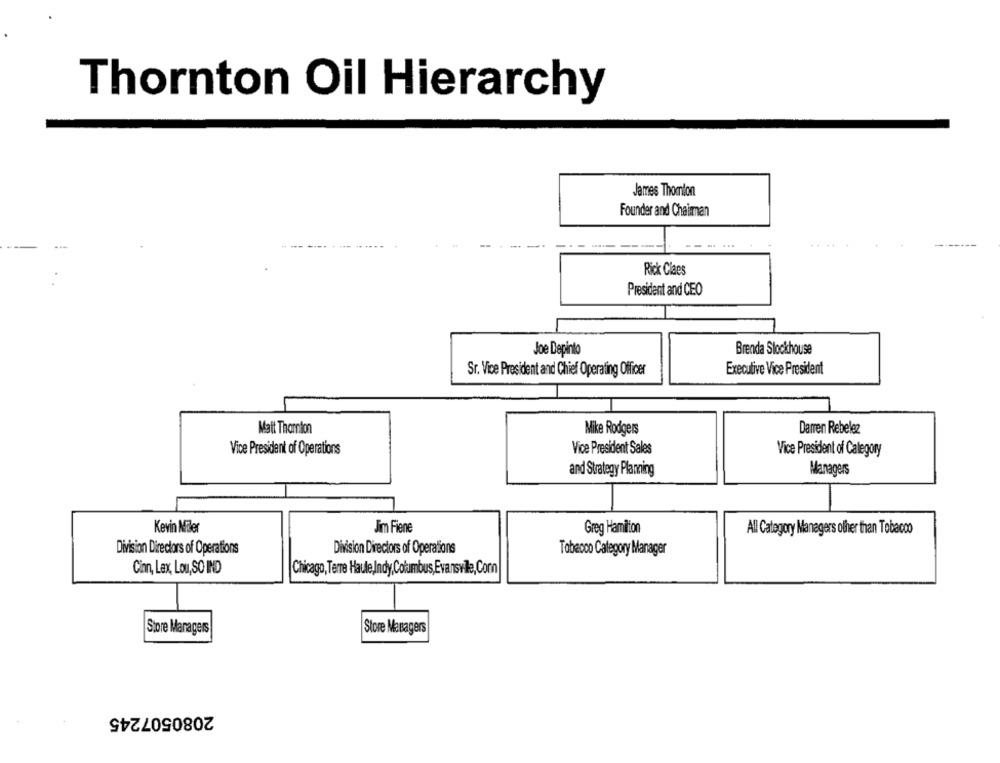
Thornton Oil Hierarchy
James Thomton
Founder and Chairman
Rick Claes
President and CEO
Joe Depinto
Brenda Stockhouse
Sr. Vice President and Chief Operating Officer
Executive Vice President
Mait Thornton
Mike Rodgers
Darren Rebelez
Vice President of Operations
Vice President Sales
Vice President of Calegory
and Strategy Planning
Managers
Kevin Midler
Jim Fiene
Greg Hamilton
All Category Managers other than Tobacco
Division Directors of Operations
Division Directors of Operations
Tobacco Category Manager
Cinn, Lex, Lou, SO IND
Chicago, Terre Haute,Jndy,Columbus,Evansville,Com
Store Managers
Store Managers
2080507245